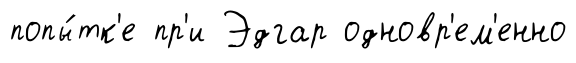
попы́тк'е пр'и Эдгар одновр'ем'енно